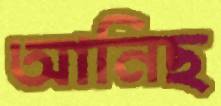
আনিছ